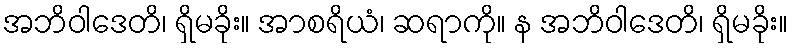
အဘိဝါဒေတိ၊ ရှိမခိုး။ အာစရိယံ၊ ဆရာကို။ န အဘိဝါဒေတိ၊ ရှိမခိုး။